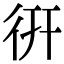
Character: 𢓄